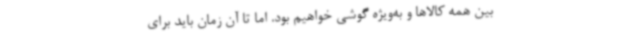
بین همه کالاها و به‌ویژه گوشی خواهیم بود. اما تا آن زمان باید برای